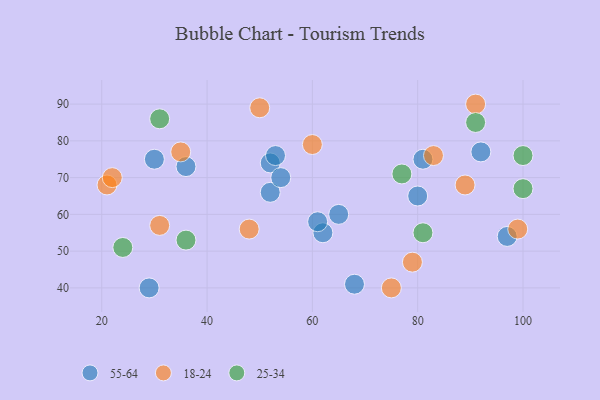
{"axis": {"x": "GDP", "y": "Life Expectancy"}, "legend": ["18-24", "25-34", "55-64"], "data": [{"x": "81", "y": 75, "type": "55-64"}, {"x": "80", "y": 65, "type": "55-64"}, {"x": "29", "y": 40, "type": "55-64"}, {"x": "36", "y": 73, "type": "55-64"}, {"x": "52", "y": 66, "type": "55-64"}, {"x": "62", "y": 55, "type": "55-64"}, {"x": "68", "y": 41, "type": "55-64"}, {"x": "97", "y": 54, "type": "55-64"}, {"x": "30", "y": 75, "type": "55-64"}, {"x": "65", "y": 60, "type": "55-64"}, {"x": "61", "y": 58, "type": "55-64"}, {"x": "52", "y": 74, "type": "55-64"}, {"x": "53", "y": 76, "type": "55-64"}, {"x": "54", "y": 70, "type": "55-64"}, {"x": "92", "y": 77, "type": "55-64"}, {"x": "31", "y": 57, "type": "18-24"}, {"x": "48", "y": 56, "type": "18-24"}, {"x": "91", "y": 90, "type": "18-24"}, {"x": "60", "y": 79, "type": "18-24"}, {"x": "35", "y": 77, "type": "18-24"}, {"x": "21", "y": 68, "type": "18-24"}, {"x": "79", "y": 47, "type": "18-24"}, {"x": "50", "y": 89, "type": "18-24"}, {"x": "83", "y": 76, "type": "18-24"}, {"x": "99", "y": 56, "type": "18-24"}, {"x": "89", "y": 68, "type": "18-24"}, {"x": "75", "y": 40, "type": "18-24"}, {"x": "22", "y": 70, "type": "18-24"}, {"x": "100", "y": 67, "type": "25-34"}, {"x": "91", "y": 85, "type": "25-34"}, {"x": "81", "y": 55, "type": "25-34"}, {"x": "24", "y": 51, "type": "25-34"}, {"x": "77", "y": 71, "type": "25-34"}, {"x": "36", "y": 53, "type": "25-34"}, {"x": "100", "y": 76, "type": "25-34"}, {"x": "31", "y": 86, "type": "25-34"}]}